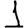
Digit: 1